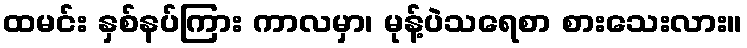
ထမင်း နှစ်နပ်ကြား ကာလမှာ၊ မုန့်ပဲသရေစာ စားသေးလား။